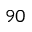
^ { 9 0 }